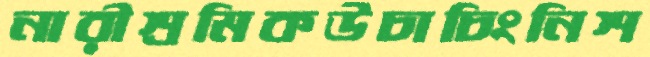
নারীশ্রমিকউচাচিংনিশ